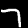
Digit: 7